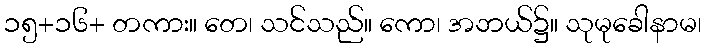
၁၅+၁၆+ တကား။ တေ၊ သင်သည်။ ကော၊ အဘယ်၌။ သုမုခေါနာမ၊